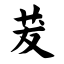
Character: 茇